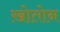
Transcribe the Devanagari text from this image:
ख़ोतोन